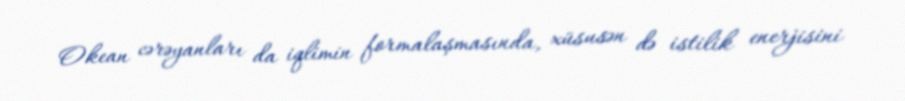
Okean cərəyanları da iqlimin formalaşmasında, xüsusən də istilik enerjisini